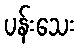
ပန်းသေး